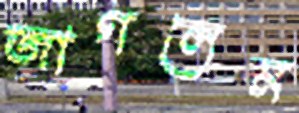
জাগলেম